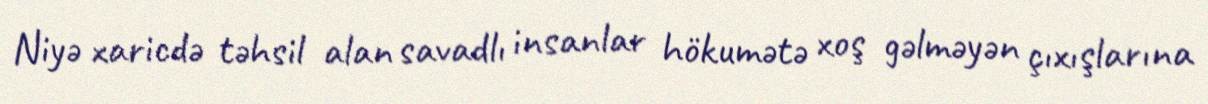
Niyə xaricdə təhsil alan savadlı insanlar hökumətə xoş gəlməyən çıxışlarına